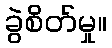
ခွဲစိတ်မှု။